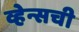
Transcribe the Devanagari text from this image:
व्हेन्सची